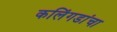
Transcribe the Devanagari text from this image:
कलिंगडांचा